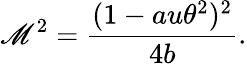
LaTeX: \mathscr{M}^{2}=\frac{{(1-au\theta^{2})^{2}}}{{4b}}.